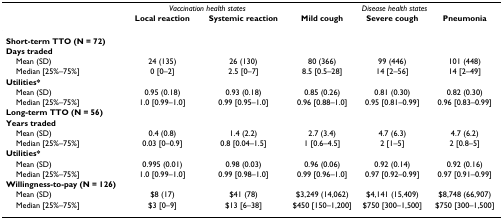
|  | <COLSPAN=2> Vaccination health states | <COLSPAN=3> Disease health states |
 |  | Local reaction | Systemic reaction | Mild cough | Severe cough | Pneumonia |
 | --- | --- | --- | --- | --- | --- |
 | Short-term TTO (N = 72) |  |  |  |  |  |
 | Days traded |  |  |  |  |  |
 | Mean (SD) | 24 (135) | 26 (130) | 80 (366) | 99 (446) | 101 (448) |
 | Median [25%–75%] | 0 [0–2] | 2.5 [0–7] | 8.5 [0.5–28] | 14 [2–56] | 14 [2–49] |
 | Utilities* |  |  |  |  |  |
 | Mean (SD) | 0.95 (0.18) | 0.93 (0.18) | 0.85 (0.26) | 0.81 (0.30) | 0.82 (0.30) |
 | Median [25%–75%] | 1.0 [0.99–1.0] | 0.99 [0.95–1.0] | 0.96 [0.88–1.0] | 0.95 [0.81–0.99] | 0.96 [0.83–0.99] |
 | Long-term TTO (N = 56) |  |  |  |  |  |
 | Years traded |  |  |  |  |  |
 | Mean (SD) | 0.4 (0.8) | 1.4 (2.2) | 2.7 (3.4) | 4.7 (6.3) | 4.7 (6.2) |
 | Median [25%–75%] | 0.03 [0–0.9] | 0.8 [0.04–1.5] | 1 [0.6–4.5] | 2 [1–5] | 2 [0.8–5] |
 | Utilities* |  |  |  |  |  |
 | Mean (SD) | 0.995 (0.01) | 0.98 (0.03) | 0.96 (0.06) | 0.92 (0.14) | 0.92 (0.16) |
 | Median [25%–75%] | 1.0 [0.99–1.0] | 0.99 [0.98–1.0] | 0.99 [0.96–1.0] | 0.97 [0.92–0.99] | 0.97 [0.91–0.99] |
 | Willingness-to-pay (N = 126) |  |  |  |  |  |
 | Mean (SD) | $8 (17) | $41 (78) | $3,249 (14,062) | $4,141 (15,409) | $8,748 (66,907) |
 | Median [25%–75%] | $3 [0–9] | $13 [6–38] | $450 [150–1,200] | $750 [300–1,500] | $750 [300–1,500] |